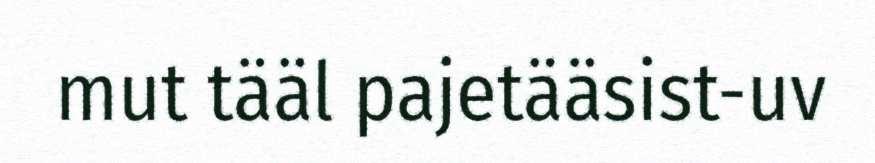
mut tääl pajetääsist-uv